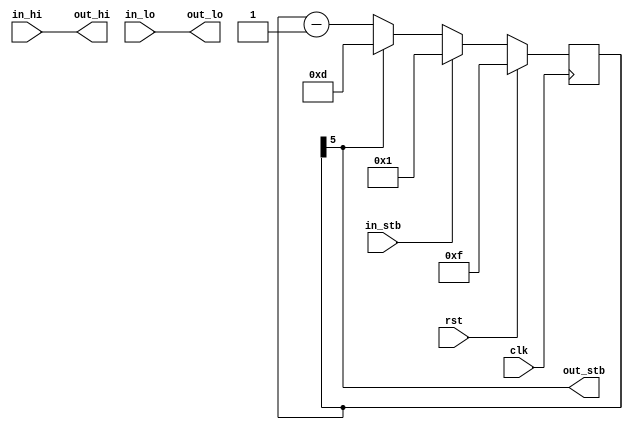
/*
 * e1_rx_clock_recovery.v
 *
 * vim: ts=4 sw=4
 *
 * E1 Clock recovery/sampling
 *
 * Copyright (C) 2019-2020  Sylvain Munaut <tnt@246tNt.com>
 * SPDX-License-Identifier: CERN-OHL-W-2.0
 */

`default_nettype none

module e1_rx_clock_recovery (
	// Input
	input  wire in_hi,
	input  wire in_lo,
	input  wire in_stb,

	// Output
	output wire out_hi,
	output wire out_lo,
	output wire out_stb,

	// Common
	input  wire clk,
	input  wire rst
);

	reg [5:0] cnt;

	always @(posedge clk)
	begin
		if (rst)
			cnt <= 5'h0f;
		else begin
			if (in_stb)
				cnt <= 5'h01;
			else if (cnt[5])
				cnt <= 5'h0d;
			else
				cnt <= cnt - 1;
		end
	end

	assign out_hi = in_hi;
	assign out_lo = in_lo;
	assign out_stb = cnt[5];

endmodule // e1_rx_clock_recovery